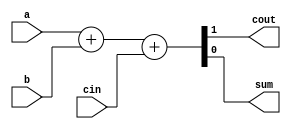
//Full-adder de tres entradas de 1 bit realizado a partir de puertas logicas 

module fa(output wire cout, sum, input wire a, b, cin);
    
    assign {cout, sum} = a + b + cin;
    
    //assign sum = a ^ b ^ cin;
    //assign cout = a & b | a & cin | b & cin;

    //wire sum_1, carry1, carry2;

    //ha ha1(sum_1, carry1, a, b);
    //ha ha2(sum, carry2, sum_1, c_in);
    //or puerta_or(cout, carry1, carry2);

    
endmodule